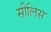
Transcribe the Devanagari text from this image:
सीलिस